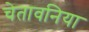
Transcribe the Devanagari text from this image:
चेतावनिया